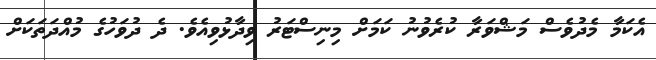
އެކަމާ މެދުވެސް މަޝްވަރާ ކުރެވުނު ކަމަށް މިނިސްޓަރު ވިދާޅުވިއެވެ. ދެ ދުވަހުގެ މުއްދަތަކަށް